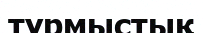
тұрмыстық